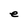
Character: e